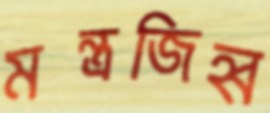
মন্ত্রজিহ্ব